Bréfritari: Sigríður Pálsdóttir
Viðtakandi: Páll Pálsson
Dagsetning: A-1819-06-16
Skrifað á: Hallfreðarstöðum  N-Múl.
Páll var bróðir Sigríðar

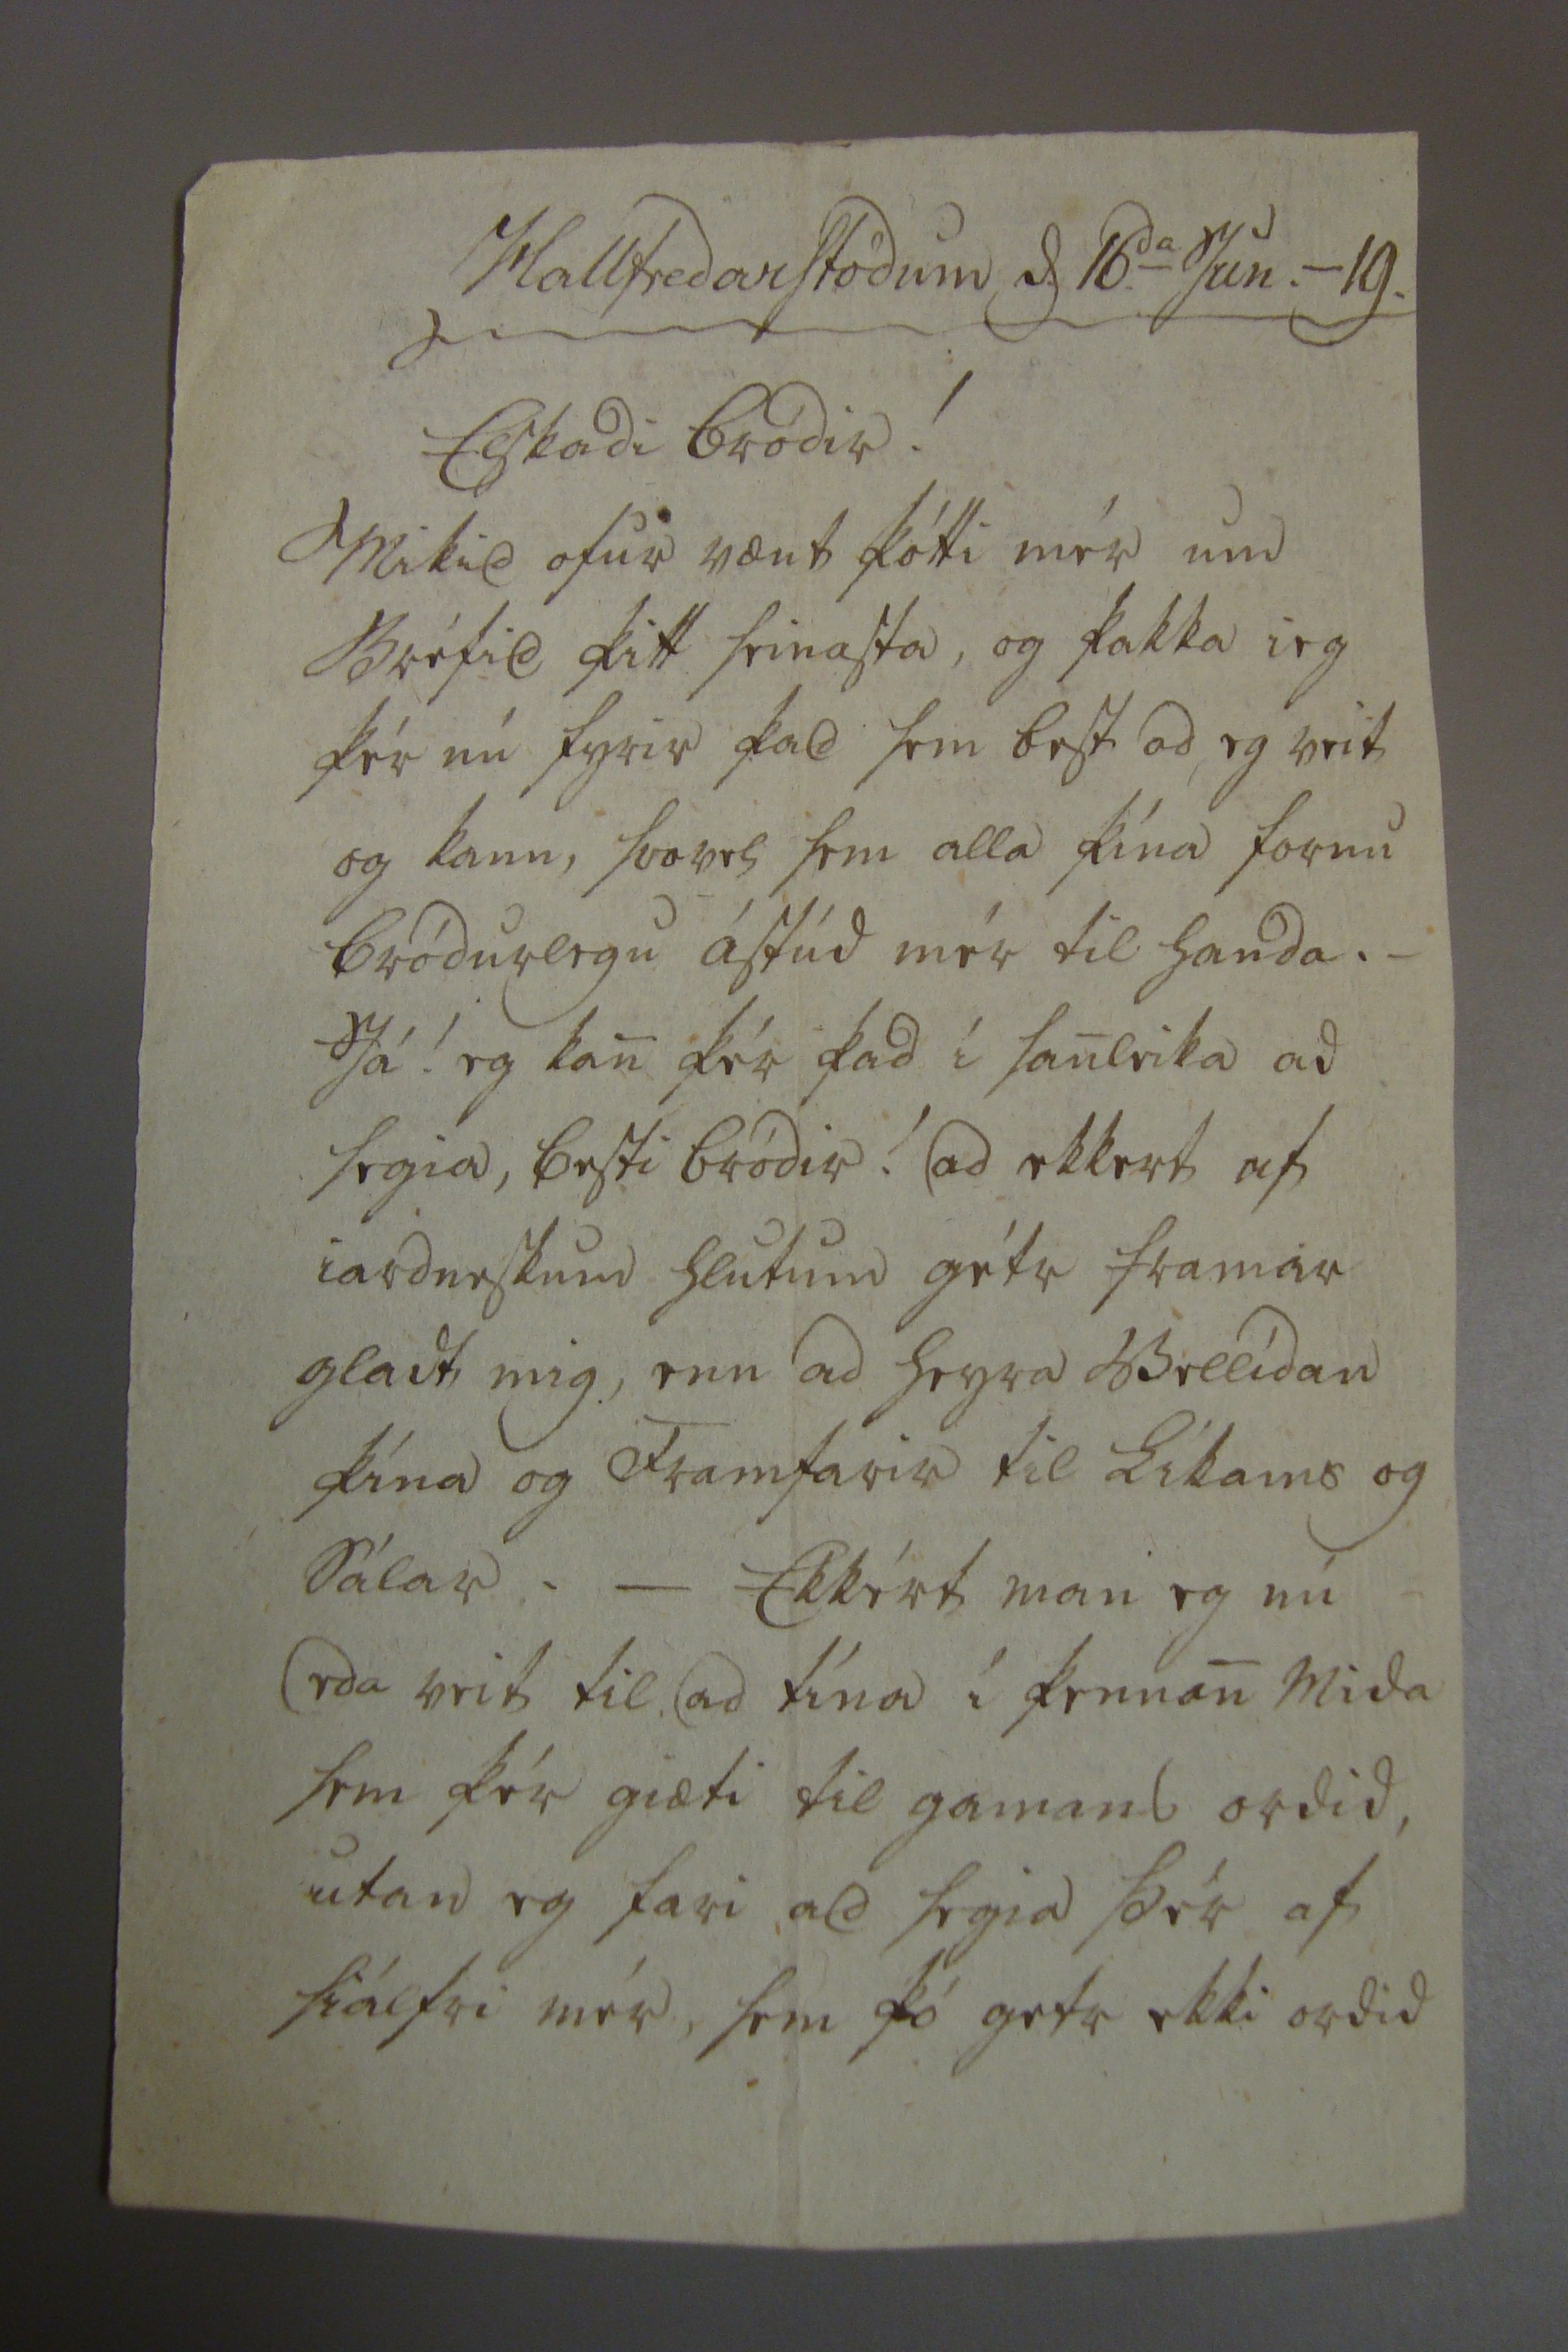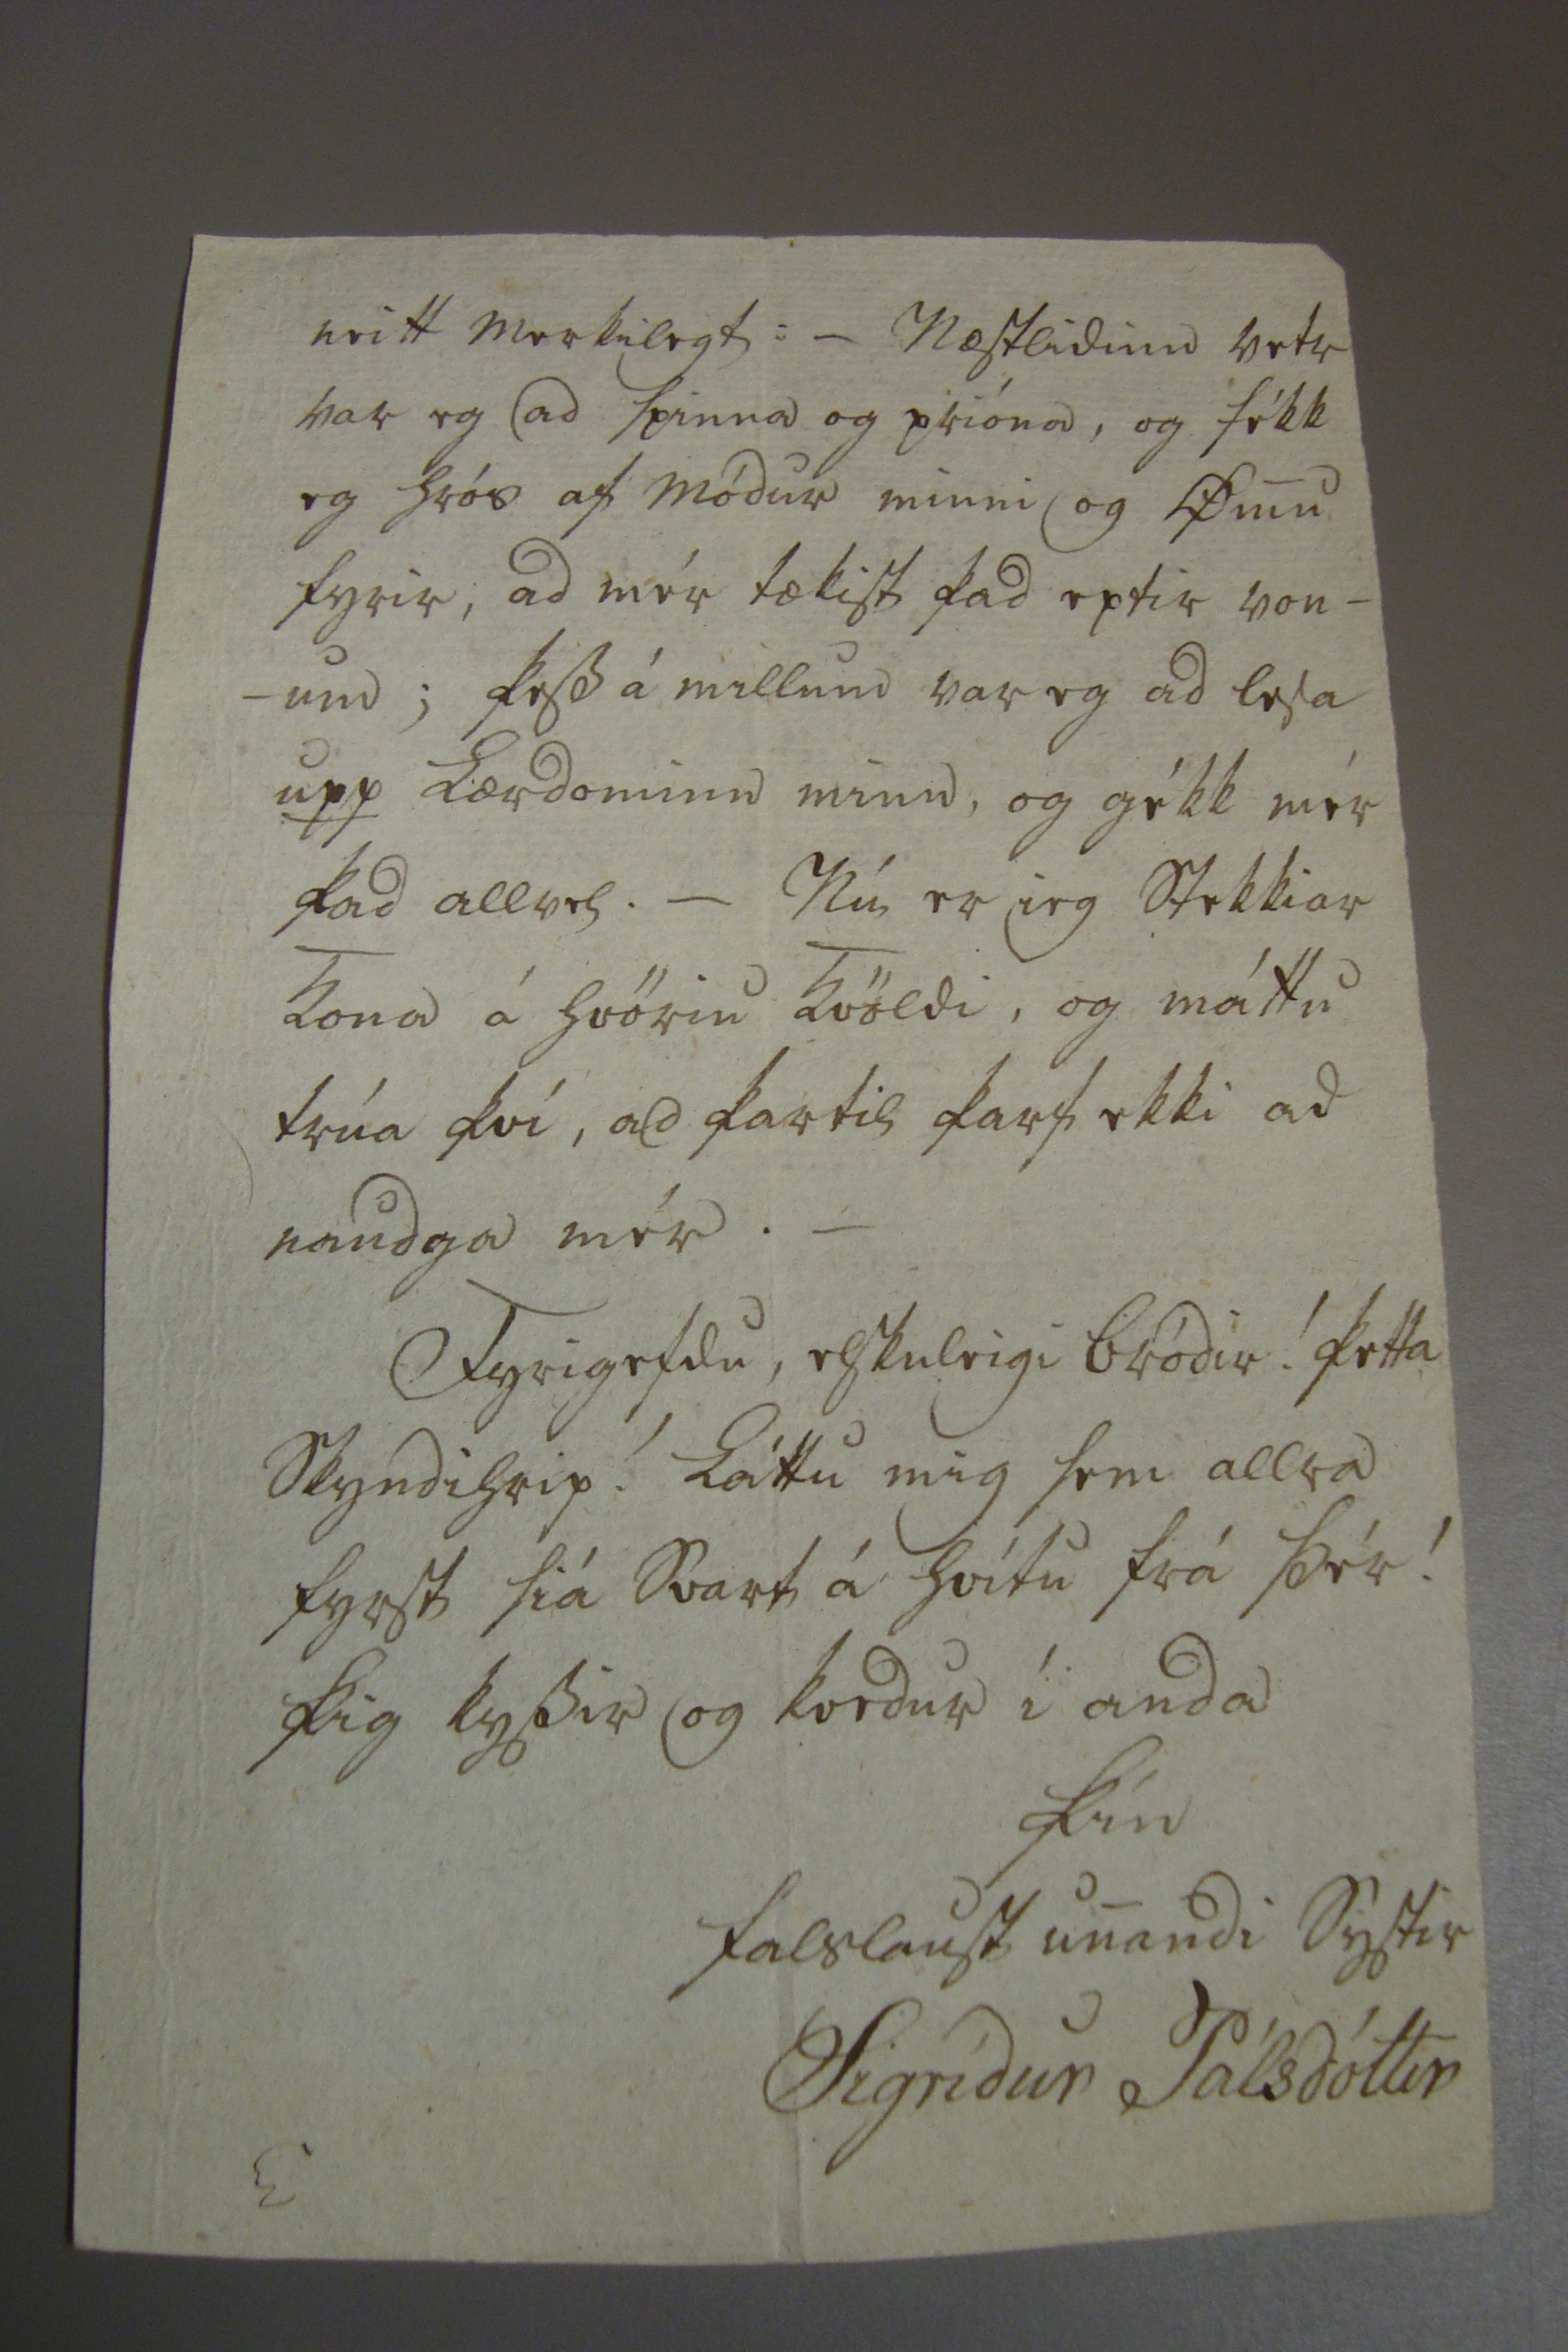

Hallfredarstödum D. 16.
da
Jun.-19.
Elskadi bródir!
Mikid ofur vænt þótti mér um Bréfid þitt seinasta, og þakka ieg þér nú fyrir þad sem best ad eg veit og kann, svo
er
sem alla þína
fogru
bródurlegu ástúd mér til handa. _ Já! eg kan þrá þad í sanleika ad segia, besti bródir! ad ekkert af iardneskum hlutum géta framar gladt mig, enn ad heyra vellídan þína og Framfarir til Líkams og sálar. _ Ekkert man eg nú eda veit til ad tína í þennan mida sem þér giæti til gamans ordid, utan eg fari ad segia þér af sialfri mér sem þó geti ekki ordid
neitt merkilegt: _ Næstlidinn vetur var eg ad spinna og prióna, og fékk eg hrós af módur minni og Ømu fyrir, ad mér tækist þad eptir vonum; þess á millum var eg ad lesa upp Lærdominn minn, og gékk mér þad allvel. _ Nú er ieg 000kkiar kona á hvöriu kvöldi, og máttu trúa því, ad þar til þarf ekki ad naudga mér. _
Fyrirgefdu, elskuleigi bródir! þetta skyndihrip! Láttu mig sem allra fyrst siá Svart á hvítu frá þér! þig kyssir og kvedur í anda
þín falslaust unandi systir
Sigrídur Pálsdóttir